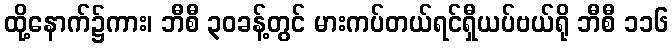
ထို့နောက်၌ကား၊ ဘီစီ ၃၀ခန့်တွင် မားကပ်တယ်ရင်ရှီယပ်ဗယ်ရို ဘီစီ ၁၁၆